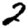
Digit: 2